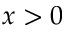
x > 0